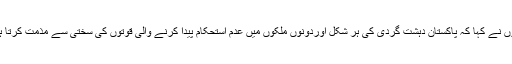
انھوں نے کہا کہ پاکستان دہشت گردی کی ہر شکل اوردونوں ملکوں میں عدم استحکام پیدا کرنے والی قوتوں کی سختی سے مذمت کرتا ہے۔